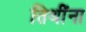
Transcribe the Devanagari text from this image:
तिथींना